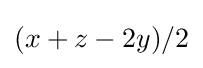
(x+z-2y)/2